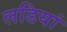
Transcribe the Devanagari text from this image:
लडियां